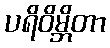
ပရိဝိမ္ဘိတာ